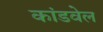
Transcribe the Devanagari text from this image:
कांडवेल